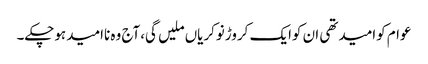
عوام کوامیدتھی ان کوایک کروڑنوکریاں ملیں گی،آج وہ ناامیدہوچکے۔